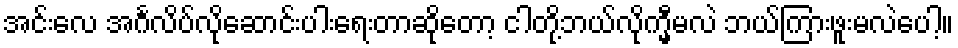
အင်းလေ အင်္ဂလိပ်လိုဆောင်းပါးရေးတာဆိုတော့ ငါတို့ဘယ်လိုက္မှီမလဲ ဘယ်ကြားဖူးမလဲပေါ့။